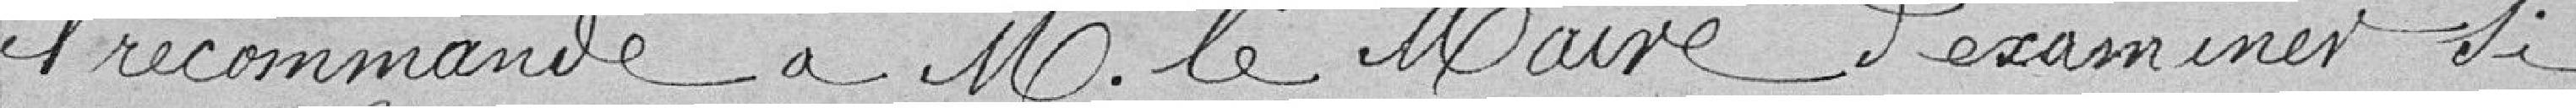
il recommande à Monsieur le Maire d'examiner si